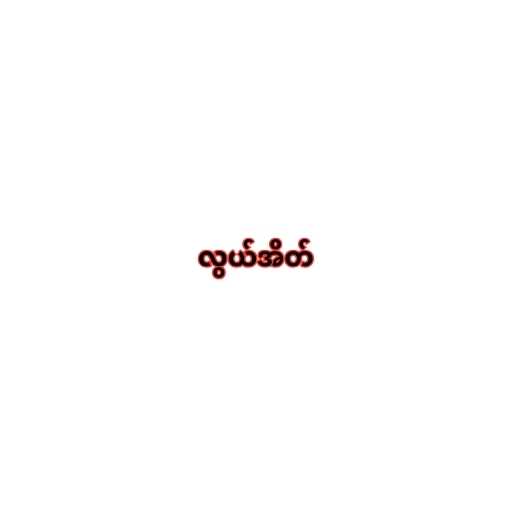
လွယ်အိတ်